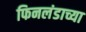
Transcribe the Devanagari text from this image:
फिनलंडाच्या